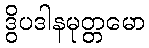
ဒွိပဒါနမုတ္တမော